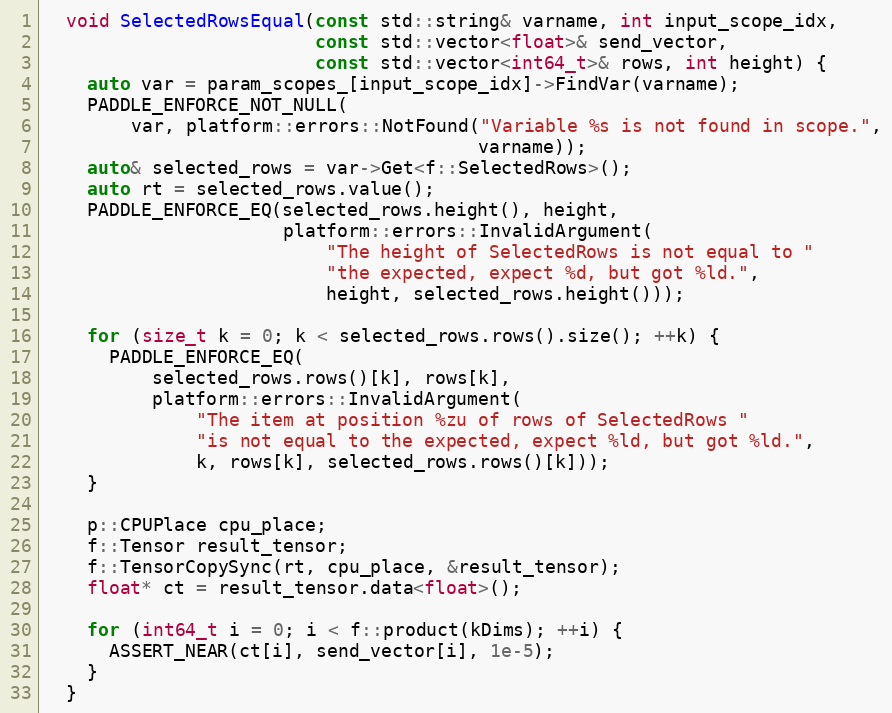
Language: C
  void SelectedRowsEqual(const std::string& varname, int input_scope_idx,
                         const std::vector<float>& send_vector,
                         const std::vector<int64_t>& rows, int height) {
    auto var = param_scopes_[input_scope_idx]->FindVar(varname);
    PADDLE_ENFORCE_NOT_NULL(
        var, platform::errors::NotFound("Variable %s is not found in scope.",
                                        varname));
    auto& selected_rows = var->Get<f::SelectedRows>();
    auto rt = selected_rows.value();
    PADDLE_ENFORCE_EQ(selected_rows.height(), height,
                      platform::errors::InvalidArgument(
                          "The height of SelectedRows is not equal to "
                          "the expected, expect %d, but got %ld.",
                          height, selected_rows.height()));

    for (size_t k = 0; k < selected_rows.rows().size(); ++k) {
      PADDLE_ENFORCE_EQ(
          selected_rows.rows()[k], rows[k],
          platform::errors::InvalidArgument(
              "The item at position %zu of rows of SelectedRows "
              "is not equal to the expected, expect %ld, but got %ld.",
              k, rows[k], selected_rows.rows()[k]));
    }

    p::CPUPlace cpu_place;
    f::Tensor result_tensor;
    f::TensorCopySync(rt, cpu_place, &result_tensor);
    float* ct = result_tensor.data<float>();

    for (int64_t i = 0; i < f::product(kDims); ++i) {
      ASSERT_NEAR(ct[i], send_vector[i], 1e-5);
    }
  }